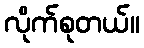
လိုက်စုတယ်။